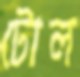
টোল